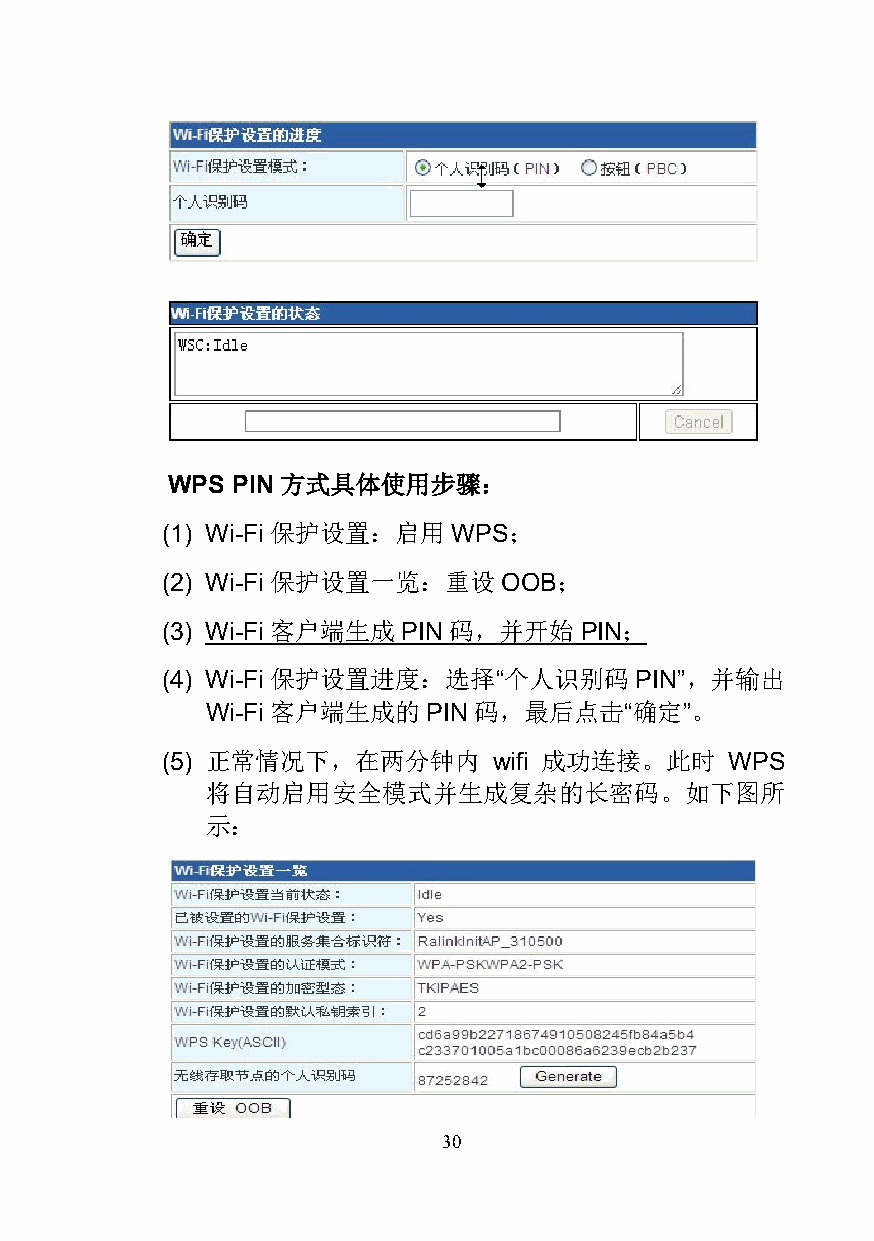
WPS PIN方式具体使用步骤：
 (1) Wi-Fi 保护设置：启用  WPS；
 (2) Wi-Fi 保护设置一览：重设   OOB；
 (3) Wi-Fi 客户端生成 PIN 码，并开始  PIN；
 (4) Wi-Fi 保护设置进度：选择“个人识别码      PIN”，并输出
 Wi-Fi 客户端生成的  PIN 码，最后点击“确定”。
 (5) 正常情况下，在两分钟内       wifi 成功连接。此时   WPS
 将自动启用安全模式并生成复杂的长密码。如下图所
 示：
 30